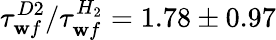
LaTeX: \tau_{\mathbf{w}f}^{D2}/\tau_{\mathbf{w}f}^{H_{2}}=1.78\pm0.97